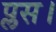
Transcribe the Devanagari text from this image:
प्लस।